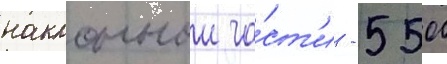
наклоннои ча́ст'и - 5500